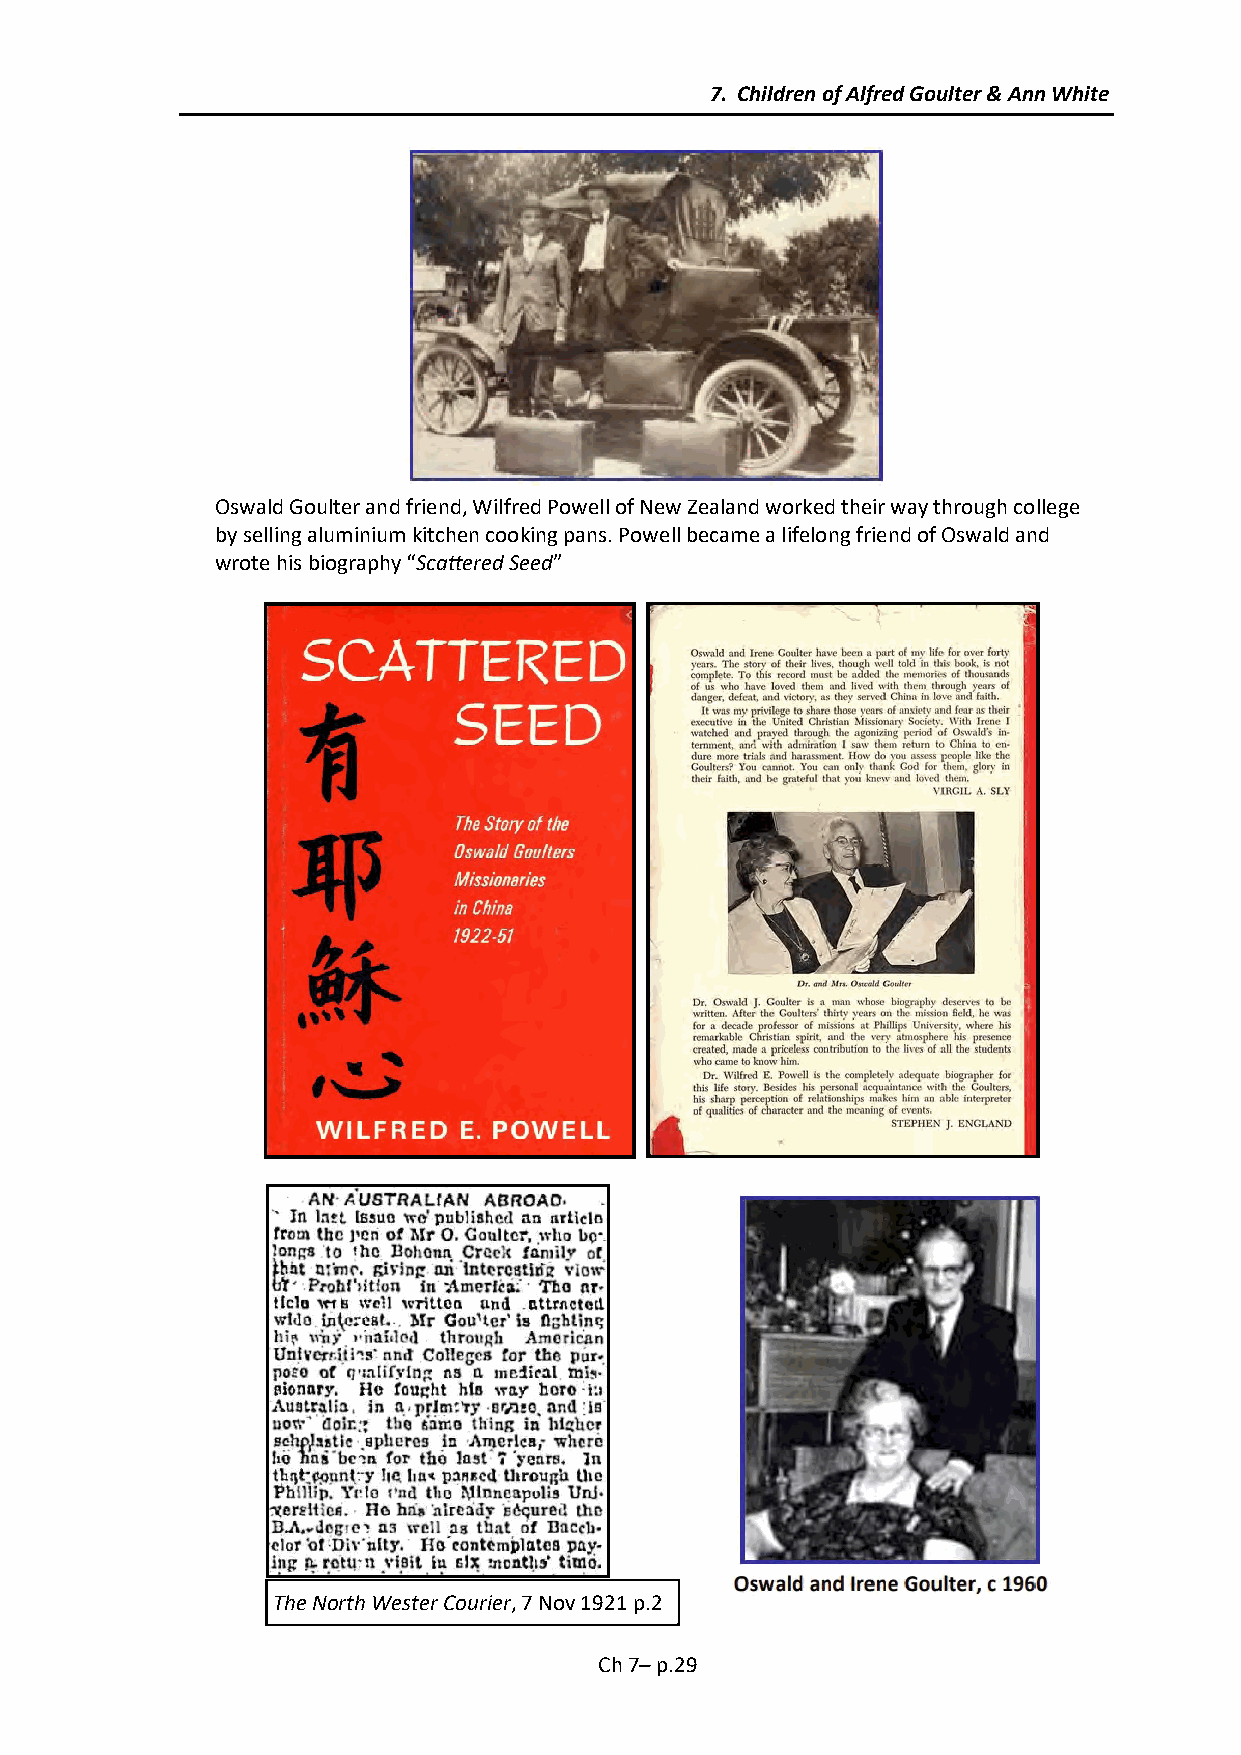
7. Children of Alfred Goulter & Ann White
 Oswald Goulter and friend, Wilfred Powell of New Zealand worked their way through college
 by selling aluminium kitchen cooking pans. Powell became a lifelong friend of Oswald and
 wrote his biography “Scattered Seed”
 The North Wester Courier, 7 Nov 1921 p.2
 Ch 7– p.29